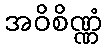
အဝိစိဏ္ဏံ